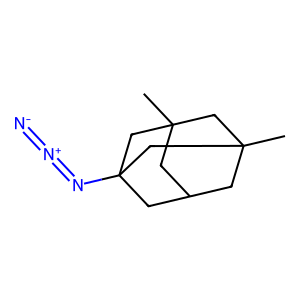
SMILES: CC12CC3CC(C)(C1)CC(N=[N+]=[N-])(C3)C2
Inhibits HIV replication: No